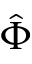
\hat { \Phi }